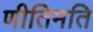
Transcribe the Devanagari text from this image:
णीतिमति